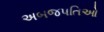
અબજપતિઓ